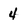
Character: 4